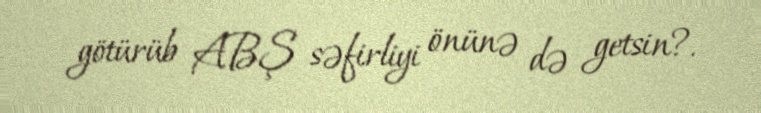
götürüb ABŞ səfirliyi önünə də getsin?.